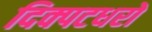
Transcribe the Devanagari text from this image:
दिक्पटधरो